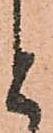
と